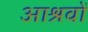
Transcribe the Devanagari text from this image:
आश्रवों